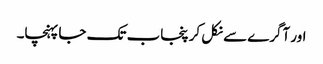
اور آگرے سے نکل کر پنجاب تک جا پہنچا۔